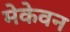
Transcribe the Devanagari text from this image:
मेकेवन